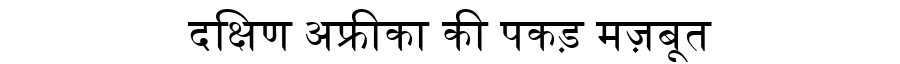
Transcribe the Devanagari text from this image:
दक्षिण अफ्रीका की पकड़ मज़बूत